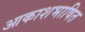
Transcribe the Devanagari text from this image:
आकाशभाषित